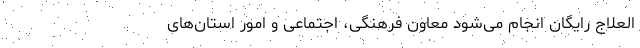
‌العلاج رایگان انجام می‌شود معاون فرهنگی، اجتماعی و امور استان‌های